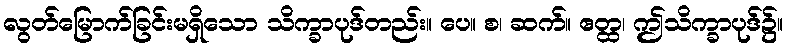
လွတ်မြောက်ခြင်းမရှိသော သိက္ခာပုဒ်တည်း။ ပေ။ စ၊ ဆက်။ ဧတ္ထ၊ ဤသိက္ခာပုဒ်၌။